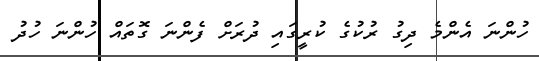
ހުންނަ އެންމެ ދިގު ރުކުގެ ކުރީގައި ދުރަށް ފެންނަ ގޮތައް ހުންނަ ހުދު